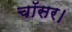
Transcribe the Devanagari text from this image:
चॉसर।